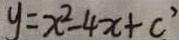
y = x ^ { 2 } - 4 x + c ^ { 3 }